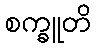
စက္ခူတိ